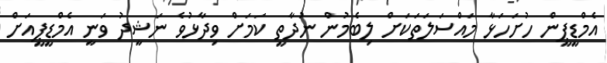
އެމްޑީޕީން ހުށަހަޅާ މައްސަލަތަކަށް ލިބެމުން ނުދާތީ ކަމަށް ވިދާޅުވެ ނަޝީދު ވަނީ އެމްޑީޕީއަށް